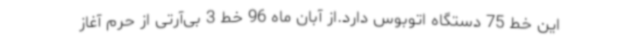
این خط 75 دستگاه اتوبوس دارد.از آبان ماه 96 خط 3 بی‌آرتی از حرم آغاز